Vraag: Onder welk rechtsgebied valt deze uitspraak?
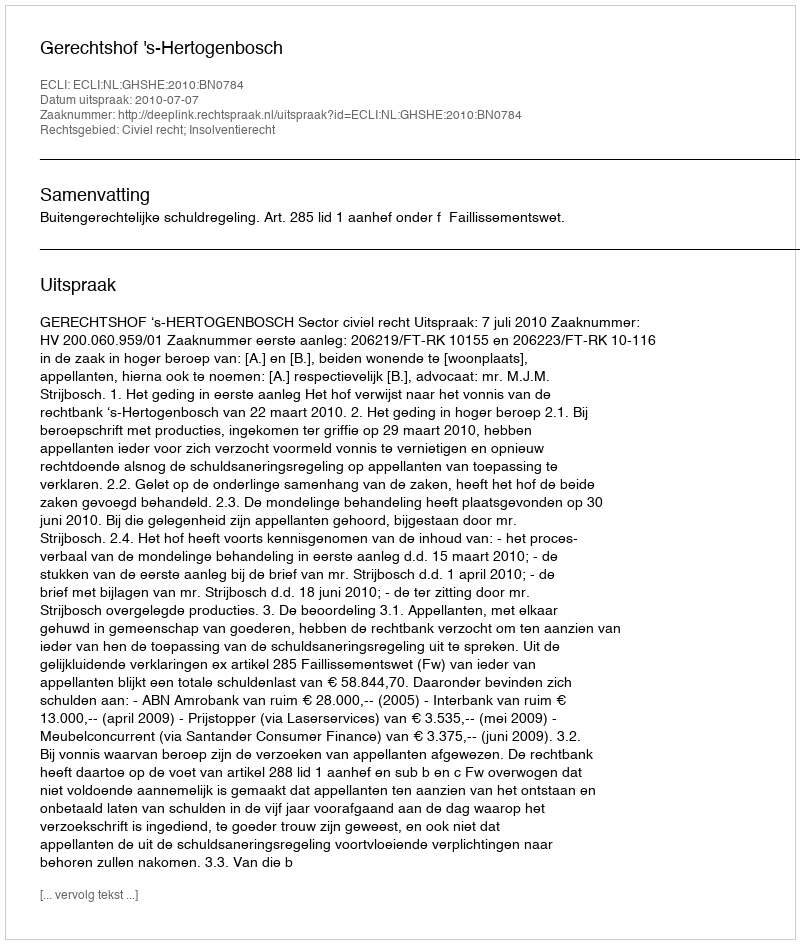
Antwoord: Civiel recht; Insolventierecht